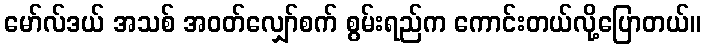
မော်လ်ဒယ် အသစ် အဝတ်လျှော်စက် စွမ်းရည်က ကောင်းတယ်လို့ပြောတယ်။